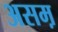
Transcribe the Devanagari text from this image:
असम़